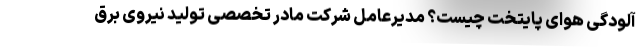
آلودگی هوای پایتخت چیست؟ مدیرعامل شرکت مادر تخصصی تولید نیروی برق